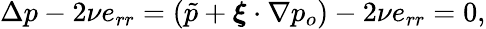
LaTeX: \Delta p-2\nu e_{rr}=(\tilde{p}+\boldsymbol{\xi}\cdot\nabla p_{o})-2\nu e_{rr}=0,